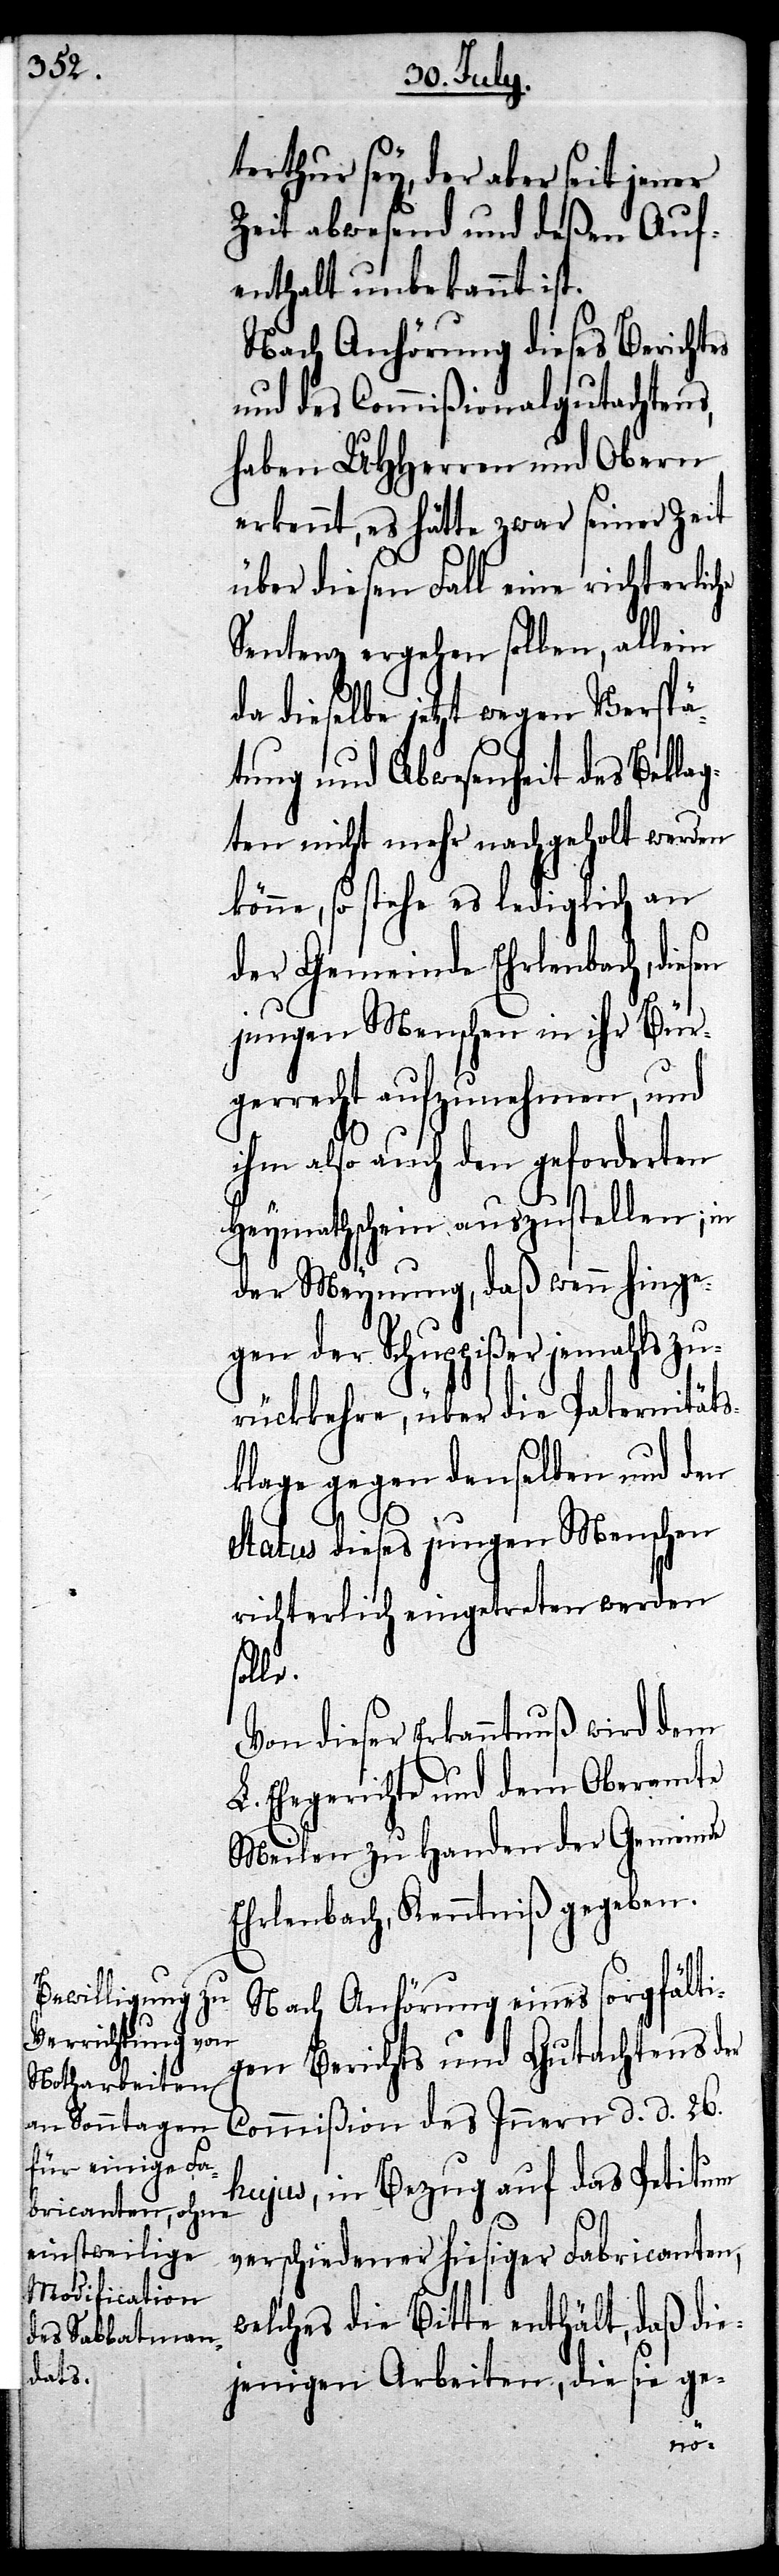
terthur sey, der aber seit jener
Zeit abwesend und deßen Auf¬
enthalt unbekannt ist.
Nach Anhörung dieses Berichtes
und des Commißionalgutachtens,
haben UHHerren und Obern
erkennt, es hätte zwar seiner Zeit
über diesen Fall eine richterliche
Sentenz ergehen sollen, allein
da dieselbe jetzt wegen Verspä¬
tung und Abwesenheit des Beklag¬
ten nicht mehr nachgeholt werden
könne, so stehe es lediglich an
der Gemeinde Ehrlenbach, die¬
jungen Menschen in ihr Bür¬
gerrecht aufzunehmen, und
ihm also auch den geforderten
Heymathschein auszustellen; in
der Meynung, daß wenn hinge¬
gen der Schuppißer jemahls zu¬
rückkehre, über die Paternitäts¬
klage gegen denselben und den
Status dieses jungen Menschen
richterlich eingetreten werden
soll¬
Von dieser Erkanntnuß wird dem
L. Ehegericht und dem Oberamte
Meilen zu Handen der Gemeinde
Ehrlenbach, Kenntniß gegeben.
Nach Anhörung eines sorgfälti¬
gen Berichts und Gutachtens der
Commißion des Innern d. d. 26.
hujus, in Bezug auf das Petitum
verschiedener hiesiger Fabricanten,
welches die Bitte enthält, daß die¬
jenigen Arbeiten, die sie ge-
e.